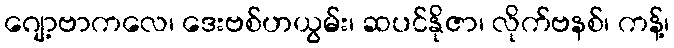
ဂျော့ဗာကလေ၊ ဒေးဗစ်ဟယွမ်း၊ ဆပင်နိုဇာ၊ လိုက်ဗနစ်၊ ကန့်၊